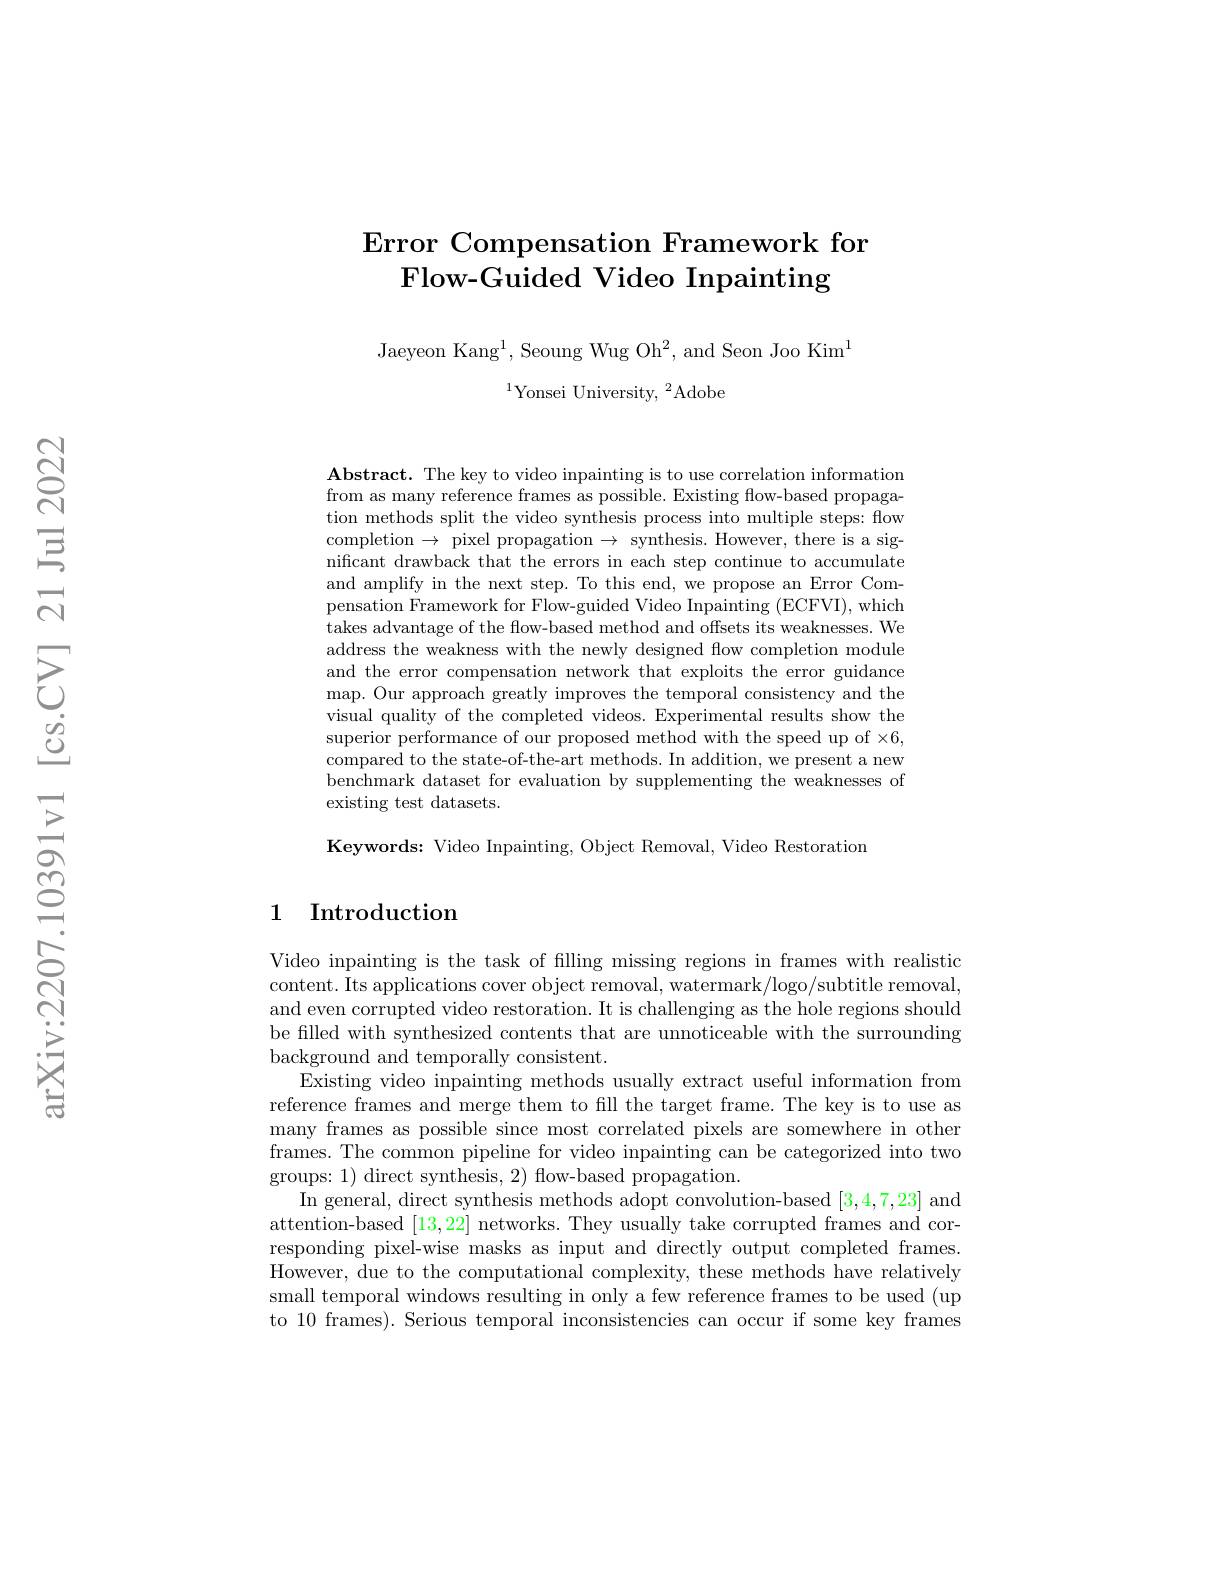
# Error Compensation Framework for Flow-Guided Video Inpainting

Jaeyeon Kang$^1$,Seoung Wug Oh$^2$,and Seon Joo Kim$^{\mathrm{l}}$
$^{1}$Yonsei University,$^2$Adobe

$\mathbf{Abstract.~The~key~to~video~inpainting~is~to~use~correlation~information}$ from as many reference frames as possible. Existing flow-based propagation methods split the video synthesis process into multiple steps: flow completion$\to$pixel propagation$\to$ synthesis. However, there is a significant drawback that the errors in each step continue to accumulate and amplify in the next step. To this end, we propose an Error Compensation Framework for Flow-guided Video Inpainting (ECFVI), which takes advantage of the flow-based method and offsets its weaknesses. We address the weakness with the newly designed fow completion module and the error compensation network that exploits the error guidance map. Our approach greatly improves the temporal consistency and the visual quality of the completed videos. Experimental results show the superior performance of our proposed method with the speed up of $\times6$, compared to the state-of-the-art methods. In addition, we present a new benchmark dataset for evaluation by supplementing the weaknesses of existing test datasets.

Keywords: Video Inpainting, Object Removal, Video Restoration

## 1 Introduction

Video inpainting is the task of filling missing regions in frames with realistic content. Its applications cover object removal, watermark/logo/subtitle removal, and even corrupted video restoration. It is challenging as the hole regions should be filled with synthesized contents that are unnoticeable with the surrounding background and temporally consistent.
Existing video inpainting methods usually extract useful information from reference frames and merge them to fill the target frame. The key is to use as many frames as possible since most correlated pixels are somewhere in other frames. The common pipeline for video inpainting can be categorized into two groups: 1) direct synthesis, 2) flow-based propagation.
In general, direct synthesis methods adopt convolution-based [3,4,7,23] and attention-based [13,22] networks. They usually take corrupted frames and corresponding pixel-wise masks as input and directly output completed frames. However, due to the computational complexity, these methods have relatively small temporal windows resulting in only a few reference frames to be used (up to 10 frames). Serious temporal inconsistencies can occur if some key frames